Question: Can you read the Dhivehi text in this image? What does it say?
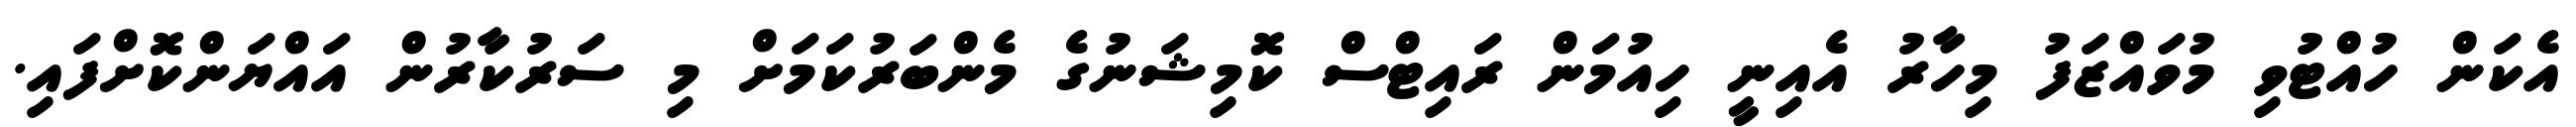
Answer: އެކަން ހުއްޓުވި މުވައްޒަފު މިހާރު އެއިނީ ހިއުމަން ރައިޓްސް ކޮމިޝަނުގެ މެންބަރުކަމަށް މި ސަރުކާރުން އައްޔަންކޮށްފައި.